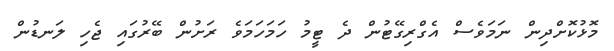
މޮޅުކޮށްދިން ނަމަވެސް އެގްރިގޭޓުން ދެ ޓީމު ހަމަހަމަވެ ރަށުން ބޭރުގައި ޖެހި ލަނޑުން